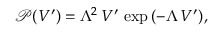
\mathcal { P } ( V ^ { \prime } ) = \Lambda ^ { 2 } \, V ^ { \prime } \, \exp { \left( - \Lambda \, V ^ { \prime } \right) } ,